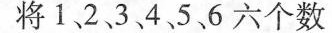
将1、2、3、4、5、6六个数